Rangoon Lunatic Asylum 1878-1892 - 1878-1892
Year: 1878
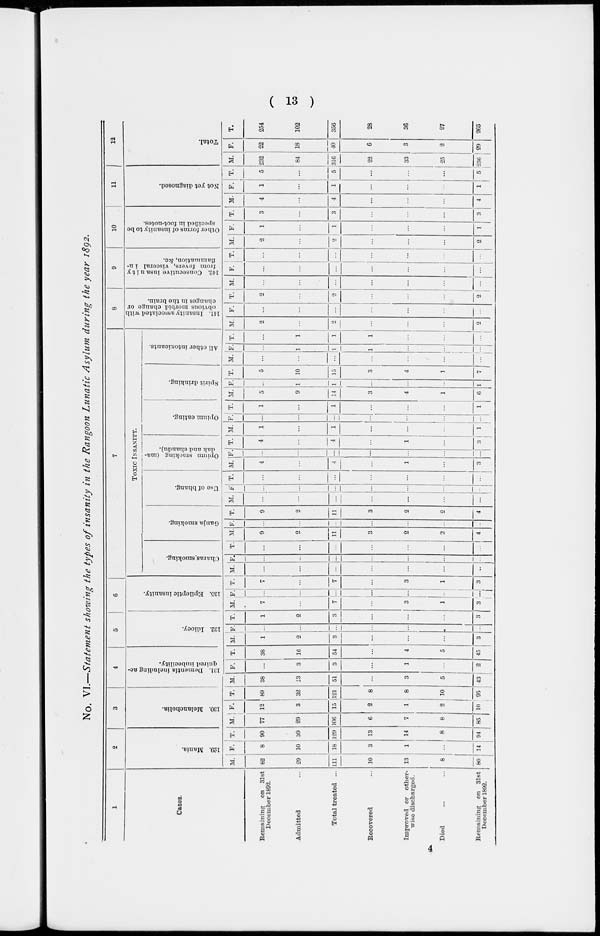
( 13 )
No. VI.—Statement showing the types of insanity in the Rangoon Lunatic Asylum during the year 1892.
1
Cases.
Remaining on 31st
December 1892.
Admitted ...
Total treated ...
Recovered ...
Improved or other-
wise discharged.
Died ... ...
Remaining on 31st
December 1892.
2
129. Mania.
M.
62
29
111
10
13
8
80
F.
8
10
18
3
1
...
14
T.
90
39
129
13
14
8
94
3
130. Melancholia.
M.
77
29
106
6
7
8
85
F.
12
3
15
2
1
2
10
T.
89
32
121
8
8
10
95
4
131. Dementia including ac-
quired imbecility.
M.
38
13
51
...
3
5
43
F.
...
3
3
...
1
...
2
T.
38
16
54
...
4
5
45
5
132. Idiocy.
M.
1
2
3
...
...
...
3
F.
...
...
...
...
...
...
...
T.
1
2
3
...
...
...
3
6
135. Epileptic insanity.
M.
7
...
7
...
3
1
3
F.
...
...
...
...
...
...
...
T.
7
...
7
...
3
1
3
7
TOXIC INSANITY.
Charas smoking.
M.
...
...
...
...
...
...
...
F.
...
...
...
...
...
...
...
T.
...
...
...
...
...
...
...
Gauja smoking.
M.
9
2
11
3
2
2
4
F.
...
...
...
...
...
...
...
T.
9
2
11
3
2
2
4
Use of bhang.
M.
...
...
...
...
...
...
...
F.
...
...
...
...
...
...
...
T.
...
...
...
...
...
...
...
Opium smoking (ma-
dak and chandu).
M.
4
...
4
...
1
...
3
F.
...
...
...
...
...
...
...
T.
4
...
4
...
1
...
3
Opium eating.
M.
1
...
1
...
...
...
1
F.
...
...
...
...
...
...
...
T.
1
...
1
...
...
...
1
Spirit drinking.
M.
5
9
14
3
4
1
6
F.
...
1
1
...
...
...
1
T.
5
10
15
3
4
1
7
All other intoxicants.
M.
...
...
...
...
...
...
...
F.
...
1
1
1
...
...
...
T.
...
1
1
1
...
...
...
8
141. Insanity associated with
obvious morbid change or
changes in the brain.
M.
2
...
2
...
...
...
2
F.
...
...
...
...
...
...
...
T.
2
...
2
...
...
...
2
9
142. Consecutive insanity
from fevers, visceral in-
flammation, &c.
M.
...
...
...
...
...
...
...
F.
...
...
...
...
...
...
...
T.
...
...
...
...
...
...
...
10
Other forms of insanity to be
specified in foot-notes.
M.
2
...
2
...
...
...
2
F.
1
...
1
...
...
...
1
T.
3
...
3
...
...
...
3
11
Not yet diagnosed.
M.
4
...
4
...
...
...
4
F.
1
...
1
...
...
...
1
T.
5
...
5
...
...
...
5
12
Total.
M.
232
84
316
22
33
25
236
F.
22
18
40
6
3
2
29
T.
254
102
356
28
36
27
265
4